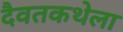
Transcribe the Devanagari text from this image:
दैवतकथेला